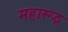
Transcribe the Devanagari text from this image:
महारूद्र